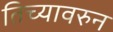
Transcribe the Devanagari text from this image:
तिच्यावरुन